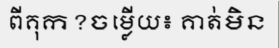
ពីគុក?ចម្លើយ៖ គាត់មិន